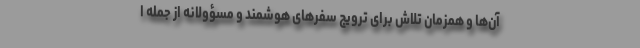
آن‌ها و همزمان تلاش برای ترویج سفرهای هوشمند و مسؤولانه از جمله ا